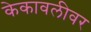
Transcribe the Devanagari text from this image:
केकावलीवर